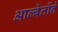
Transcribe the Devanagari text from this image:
आल्बेर्तोने